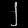
Digit: ၂